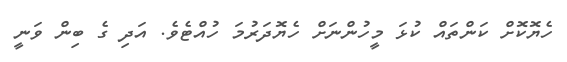
ހެޔޮކޮށް ކަންތައް ކުޅަ މީހުންނަށް ހެޔޮދަރުމަ ހުއްޓެވެ. އަދި ގެ ބިން ވަނީ